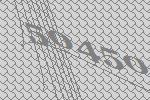
50450